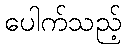
ပေါက်သည့်